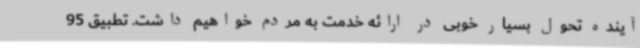
آینده تحول بسیار خوبی در ارائه خدمت به مردم خواهیم داشت. تطبیق 95